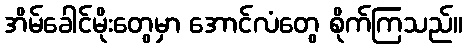
အိမ်ခေါင်မိုးတွေမှာ အောင်လံတွေ စိုက်ကြသည်။